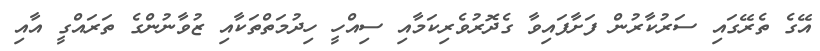
އޭގެ ތެރޭގައި ސަރުކާރުން ފަށާފައިވާ ގެދޮރުވެރިކަމާއި ސިއްހީ ހިދުމަތްތަކާއި ޒުވާނުންގެ ތަރައްގީ އާއި